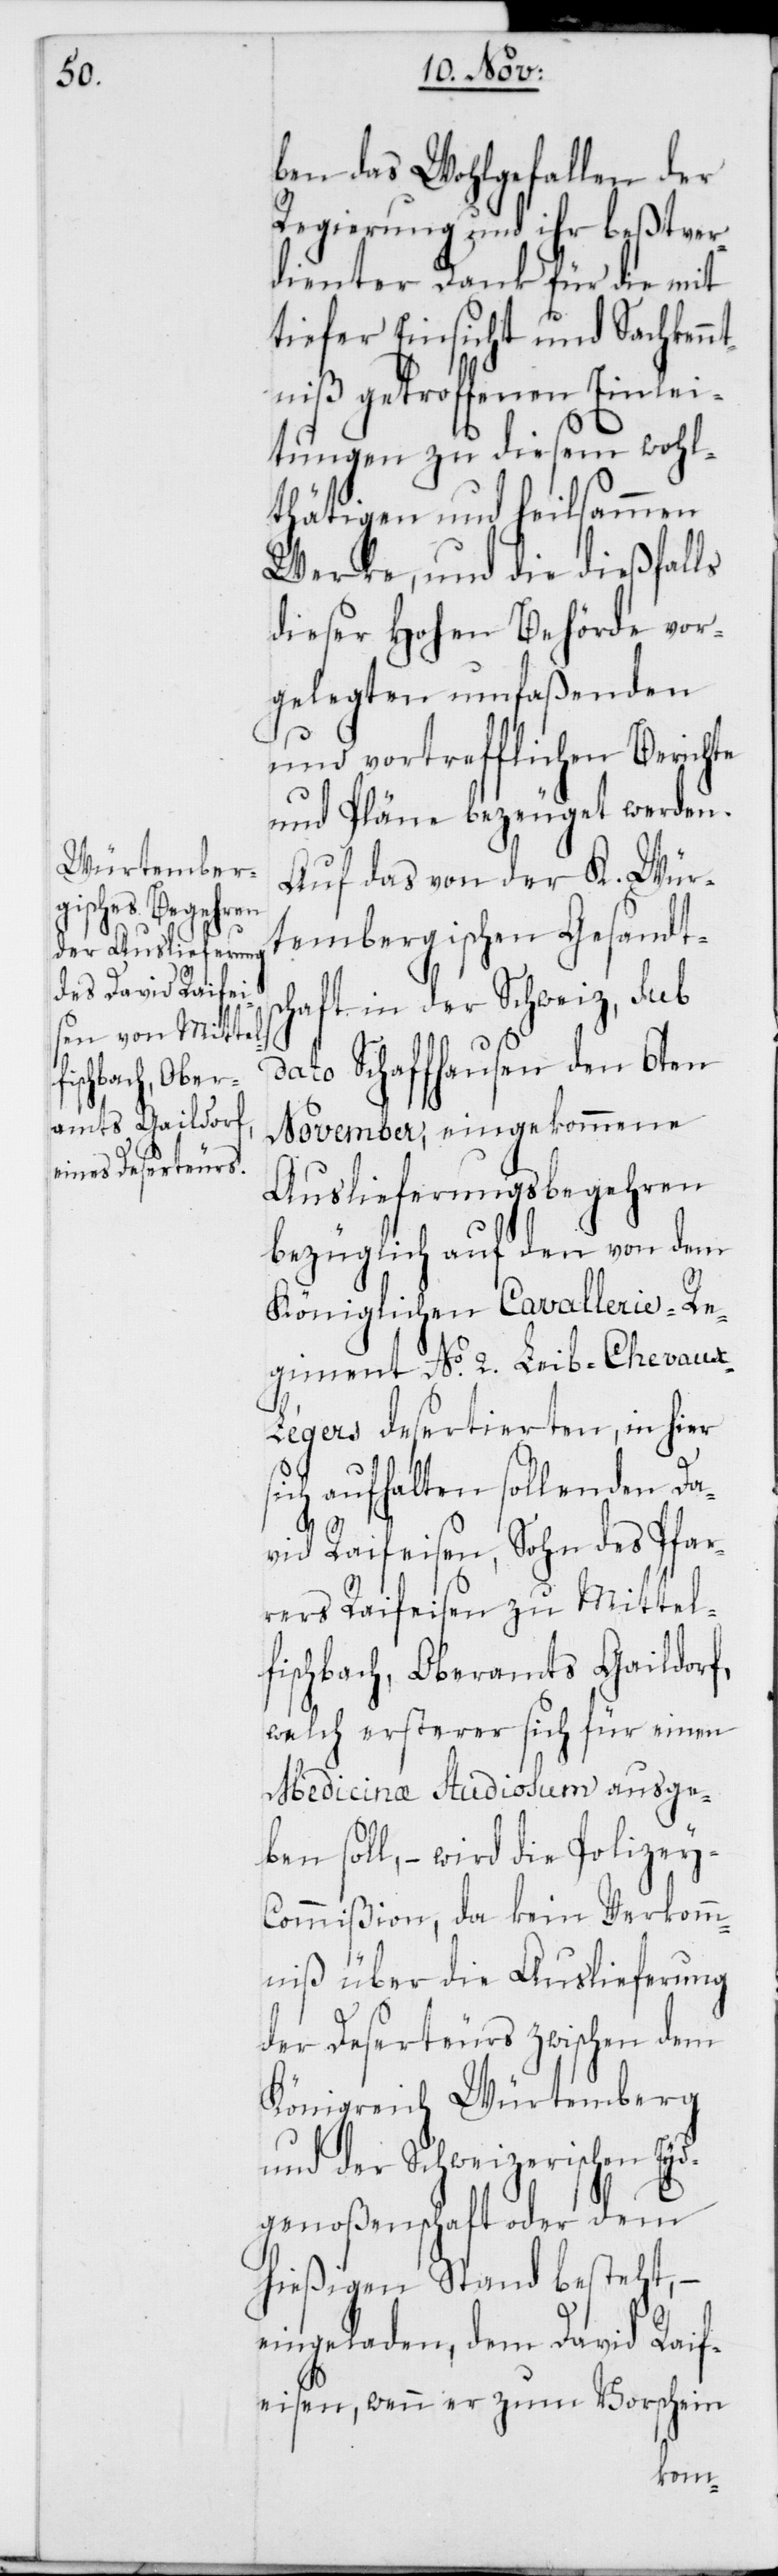
ben das Wohlgefallen der
Regierung und ihr beßtver¬
dienter Dank für die mit
tiefer Einsicht und Sachkennt¬
niß getroffenen Einlei¬
tungen zu diesem wohl¬
thätigen und heilsammen
Werke, und die dießfalls
dieser Hohen Behörde vor¬
gelegten umfaßenden
und vortrefflichen Berichte
und Pläne bezeuget werden.
Auf das von der K. Wür¬
tembergischen Gesandts¬
chaft in der Schweiz, sub
dato Schaffhausen den 6ten
November, eingekommene
Auslieferungsbegehren
bezüglich auf den von dem
Königlichen Cavallerie-Re¬
giment No 2. Leib-Chevaux-L¬
égers desertierten, in hier
sich aufhalten sollenden Da¬
vid Raifeisen, Sohn des Pfar¬
rers Raifeisen zu Mittel¬
fischbach, Oberamts Gaildorf,
welch ersterer sich für einen
Medicinæ Studiosum ausge¬
ben soll, – wird die Polizey-C¬
ommißion, da kein Verkomm¬
niß über die Auslieferung
der Deserteurs zwischen dem
Königreich Würtemberg
und der Schweizerischen Eyds¬
genoßenschaft oder dem
hießigen Stand besteht, –
eingeladen, dem David Raif¬
eisen, wenn er zum Vorschein